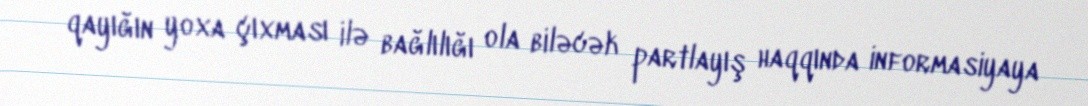
qayığın yoxa çıxması ilə bağlılığı ola biləcək partlayış haqqında informasiyaya